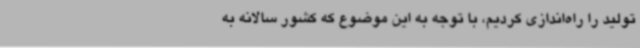
تولید را راه‌اندازی کردیم، با توجه به این موضوع که کشور سالانه به